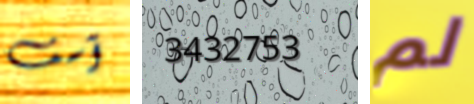
آسف 3432753 لم